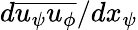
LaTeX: d\overline{{u_{\psi}u_{\phi}}}/dx_{\psi}